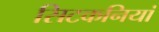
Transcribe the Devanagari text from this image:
सिटकनियां